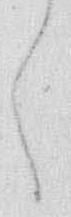
く